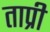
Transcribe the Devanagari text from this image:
ताप्री